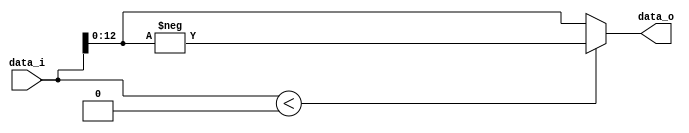
`timescale 1ns / 1ps
/*	
   ===================================================================
   Module Name : abs
         
   Filename    : abs.v
   Type        : Verilog Module
      
   Description :  Absolute operator ( output = abs(Input)  )
   
                  Input    :  "DATA_WIDTH" length word in 2's complement representation.
                  Output   :  "DATA_WIDTH-1" length word in unsigned binary representation.
                     * Note:  
                        The output requires only "DATA_WIDTH-1" bits since sign is not needed.
   ------------------------------------------------------------------
      clocks   : -
      reset    : -
      enable   : -
      
   Parameters  :
         NAME            Comments                Default
         ---------------------------------------------------
         DATA_WIDTH      input data width          14
      
   ------------------------------------------------------------------
   Version     : 1.0
   Data        : 13 Nov 2018
   Revision    : -
   Reviser     : -		
   -------------------------------------------------------------------
   Modification Log "please add all the modifications in this area"
   (D/M/Y)  
   
   ----------------------
   // Instance template
   ----------------------
      abs 
      #(
         .DATA_WIDTH ()
      )
      "MODULE_NAME"
      (
         .data_i     (),
         .data_o    ()
      );
*/


module abs 
#(
   parameter DATA_WIDTH = 14
)
(
	input  [DATA_WIDTH - 1 : 0] data_i,
	output [DATA_WIDTH - 2 : 0] data_o
);

wire signed [DATA_WIDTH - 1 : 0] in_;
wire signed [DATA_WIDTH - 1 : 0] out_;
wire signed [DATA_WIDTH - 1 : 0] ZERO = 0;

assign in_ =  data_i;
assign out_ = ( in_ < ZERO) ?  -in_ : in_;
assign data_o = out_[DATA_WIDTH - 2: 0];
endmodule